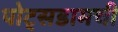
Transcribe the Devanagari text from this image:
पोट्सडामची